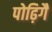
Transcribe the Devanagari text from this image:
पोढ़िगै